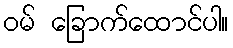
ဝမ် ခြောက်ထောင်ပါ။